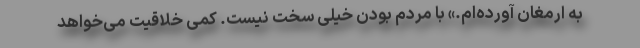
به ارمغان آورده‌ام.» با مردم بودن خیلی سخت نیست. کمی خلاقیت می‌خواهد